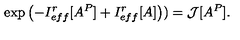
\exp \left( - I _ { e f f } ^ { r } [ A ^ { P } ] + I _ { e f f } ^ { r } [ A ] \right) ) = { \cal J } [ A ^ { P } ] .